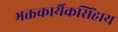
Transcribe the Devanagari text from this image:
भक्तकार्यैकसिंहाय